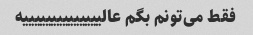
فقط می‌تونم بگم عالییییییییییییییه